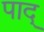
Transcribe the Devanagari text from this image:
पाद्